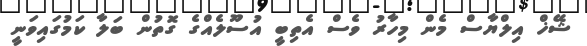
ޝޭޚް އިލްޔާސް މެން މިހާރު ވެސް އެތިބީ އުސޫލެއްގެ ގޮތުން ބަލާ ކަމުގައިވަނީ